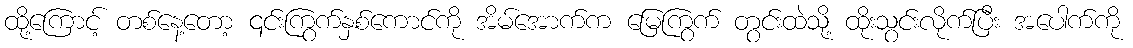
ထို့ကြောင့် တစ်နေ့တော့ ၎င်းကြွက်နှစ်ကောင်ကို အိမ်အောက်က မြေကြွက် တွင်းထဲသို့ ထိုးသွင်းလိုက်ပြီး အပေါက်ကို